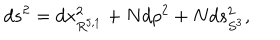
d s ^ { 2 } = d x _ { R ^ { 5 , 1 } } ^ { 2 } + N d \rho ^ { 2 } + N d s _ { S ^ { 3 } } ^ { 2 } ,